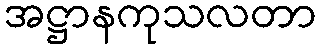
အဋ္ဌာနကုသလတာ